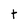
Character: t